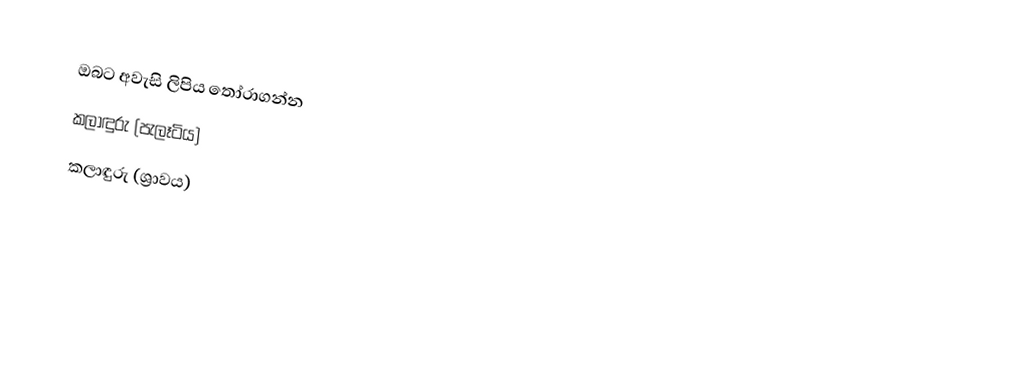
ඔබට අවැසි ලිපිය තෝරාගන්න
 කලාඳුරු (පැලෑටිය)
 කලාඳුරු (ශ්‍රාවය)